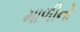
માળીનો